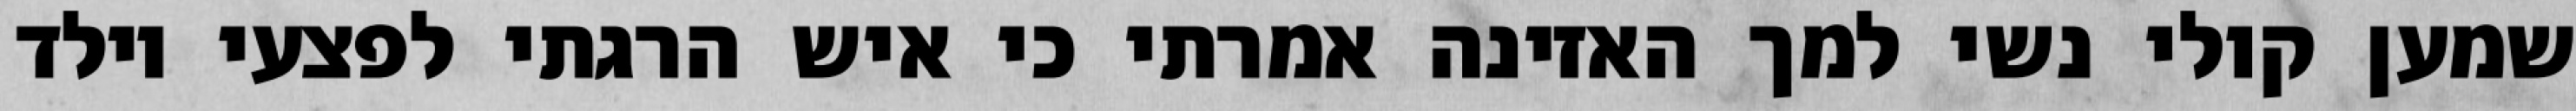
שמען קולי נשי למך האזינה אמרתי כי איש הרגתי לפצעי וילד